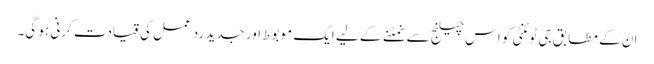
ان کے مطابق جی ٹوئنٹی کو اس چیلنج سے نمٹنے کے لیے ایک موبوط اور جدید ردعمل کی قیادت کرنی ہو گی۔